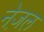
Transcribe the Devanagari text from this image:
नेज़ल